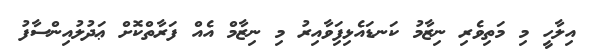
އިލާހީ މި މަތިވެރި ނިޒާމު ކަނޑައެޅިފަިވާއިރު މި ނިޒާމް އެއް ފަރާތްކޮށް ޢަދުލުއިންސާފު